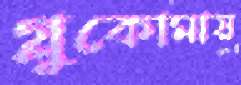
গ্লুকোমায়